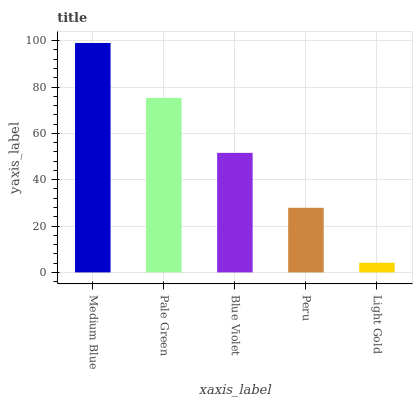
| xaxis_label | bars |
 | --- | --- |
 | Medium Blue | 99 |
 | Pale Green | 75.3 |
 | Blue Violet | 51.6 |
 | Peru | 27.9 |
 | Light Gold | 4.17 |